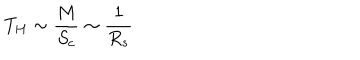
T _ { H } \sim \frac { M } { S _ { c } } \sim \frac { 1 } { R _ { s } }